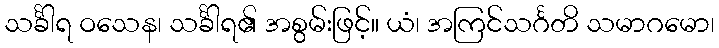
သင်္ခါရ ဝသေန၊ သင်္ခါရ၏ အစွမ်းဖြင့်။ ယံ၊ အကြင်သင်္ဂတိ သမာဂမော၊